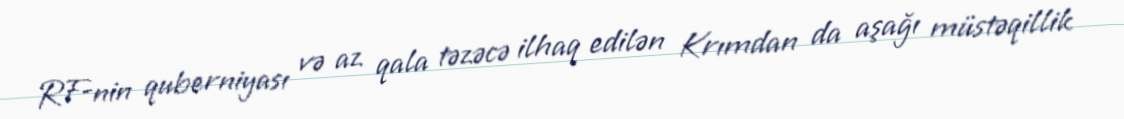
RF-nin quberniyası və az qala təzəcə ilhaq edilən Krımdan da aşağı müstəqillik